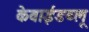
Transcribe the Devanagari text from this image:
केवाईडब्लू